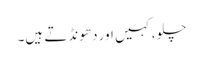
چلو، کہیں اور دھونڈتے ہیں۔